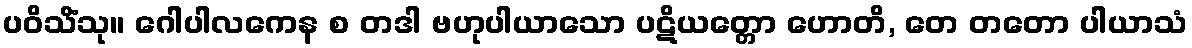
ပဝိသိံသု။ ဂေါပါလကေန စ တဒါ ဗဟုပါယာသော ပဋိယတ္တော ဟောတိ, တေ တတော ပါယာသံ